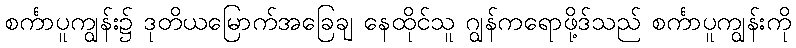
စင်္ကာပူကျွန်း၌ ဒုတိယမြောက်အခြေချ နေထိုင်သူ ဂျွန်ကရောဖို့ဒ်သည် စင်္ကာပူကျွန်းကို